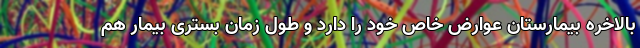
بالاخره بیمارستان عوارض خاص خود را دارد و طول زمان بستری بیمار هم